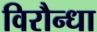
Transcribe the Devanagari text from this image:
विरौन्धा